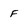
Character: f